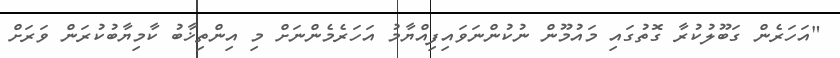
"އަހަރެން ގަބޫލުކުރާ ގޮތުގައި މައުމޫން ނުކުންނަވައިފިއްޔާމު އަހަރެމެންނަށް މި އިންތިޚާބު ކާމިޔާބުކުރަން ވަރަށް